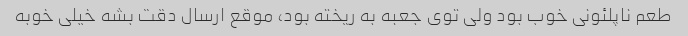
طعم ناپلئونی خوب بود ولی توی جعبه به ریخته بود، موقع ارسال دقت بشه خیلی خوبه